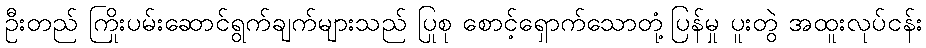
ဦးတည် ကြိုးပမ်းဆောင်ရွက်ချက်များသည် ပြုစု စောင့်ရှောက်သောတုံ့ပြန်မှု ပူးတွဲ အထူးလုပ်ငန်း